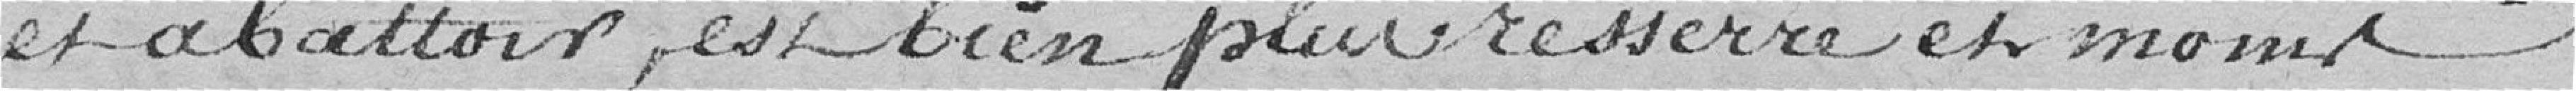
et abattoir, est bien plus resserré et même